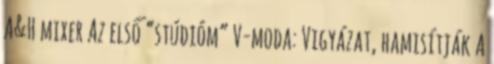
A&H mixer Az első “stúdióm” V-moda: Vigyázat, hamisítják A